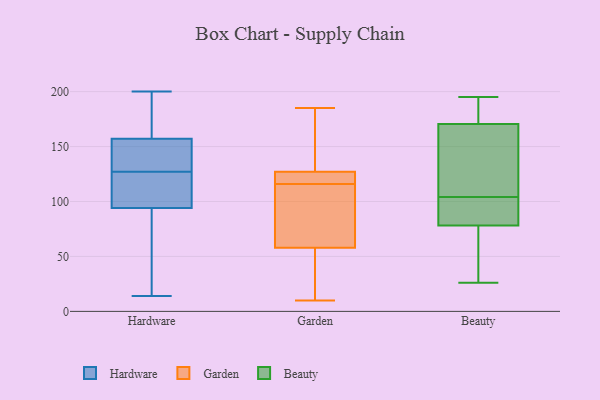
{"axis": {"x": "Active Users", "y": "Value"}, "legend": ["Beauty", "Garden", "Hardware"], "data": [{"x": "", "y": 200, "type": "Hardware"}, {"x": "", "y": 125, "type": "Hardware"}, {"x": "", "y": 157, "type": "Hardware"}, {"x": "", "y": 38, "type": "Hardware"}, {"x": "", "y": 102, "type": "Hardware"}, {"x": "", "y": 94, "type": "Hardware"}, {"x": "", "y": 170, "type": "Hardware"}, {"x": "", "y": 129, "type": "Hardware"}, {"x": "", "y": 197, "type": "Hardware"}, {"x": "", "y": 14, "type": "Hardware"}, {"x": "", "y": 143, "type": "Hardware"}, {"x": "", "y": 118, "type": "Hardware"}, {"x": "", "y": 144, "type": "Hardware"}, {"x": "", "y": 52, "type": "Hardware"}, {"x": "", "y": 67, "type": "Garden"}, {"x": "", "y": 185, "type": "Garden"}, {"x": "", "y": 36, "type": "Garden"}, {"x": "", "y": 127, "type": "Garden"}, {"x": "", "y": 160, "type": "Garden"}, {"x": "", "y": 10, "type": "Garden"}, {"x": "", "y": 13, "type": "Garden"}, {"x": "", "y": 81, "type": "Garden"}, {"x": "", "y": 118, "type": "Garden"}, {"x": "", "y": 149, "type": "Garden"}, {"x": "", "y": 58, "type": "Garden"}, {"x": "", "y": 126, "type": "Garden"}, {"x": "", "y": 127, "type": "Garden"}, {"x": "", "y": 114, "type": "Garden"}, {"x": "", "y": 150, "type": "Beauty"}, {"x": "", "y": 191, "type": "Beauty"}, {"x": "", "y": 195, "type": "Beauty"}, {"x": "", "y": 167, "type": "Beauty"}, {"x": "", "y": 95, "type": "Beauty"}, {"x": "", "y": 181, "type": "Beauty"}, {"x": "", "y": 104, "type": "Beauty"}, {"x": "", "y": 127, "type": "Beauty"}, {"x": "", "y": 104, "type": "Beauty"}, {"x": "", "y": 76, "type": "Beauty"}, {"x": "", "y": 26, "type": "Beauty"}, {"x": "", "y": 73, "type": "Beauty"}, {"x": "", "y": 79, "type": "Beauty"}]}